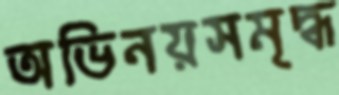
অভিনয়সমৃদ্ধ